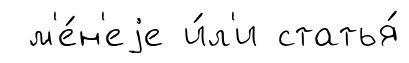
м'е́н'еjе и́л'и статья́